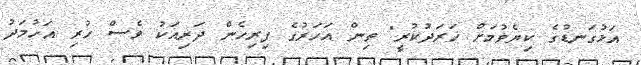
އަޅުގަނޑުގެ ކިޔެވުމަށް ޚަރަދުކުރީ" ތިން އަހަރުގެ ފިރިހެން ދަރިއަކު ވެސް ހުރި އަހުމަދު